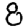
Digit: 8